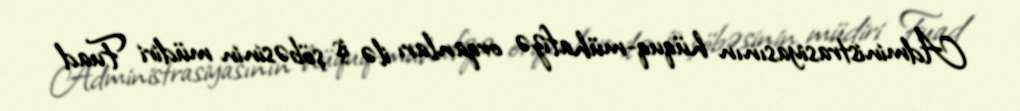
Administrasiyasının hüquq-mühafizə orqanları ilə iş şöbəsinin müdiri Fuad